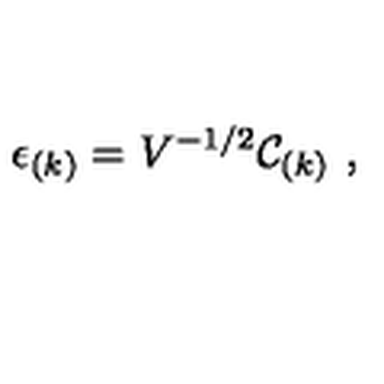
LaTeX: \epsilon _ { ( k ) } = V ^ { - 1 / 2 } { \cal C } _ { ( k ) } \ ,